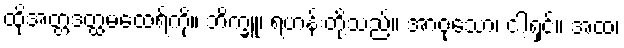
ထိုအတ္တဒတ္ထမထေရ်ကို။ ဘိက္ခူ၊ ရဟန်းတို့သည်။ အာဝုသော၊ ငါ့ရှင်။ အထ၊